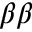
\beta \beta